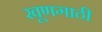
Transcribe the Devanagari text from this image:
खूणगाठी